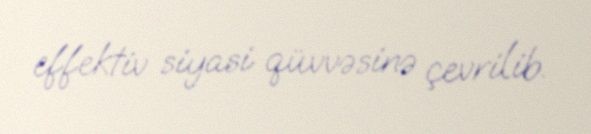
effektiv siyasi qüvvəsinə çevrilib.